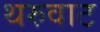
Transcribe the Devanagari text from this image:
थरुवाट